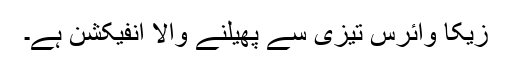
زیکا وائرس تیزی سے پھیلنے والا انفیکشن ہے۔